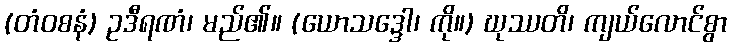
(တံဝစနံ) ဥဒီရဏံ၊ မည်၏။ (ယောသဒ္ဒေါ၊ ကို။) ဃုဿတိ၊ ကျယ်လောင်စွာ